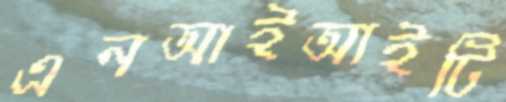
এনআইআইটি